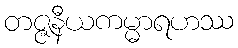
တဇ္ဇနီယကမ္မာရဟဿ